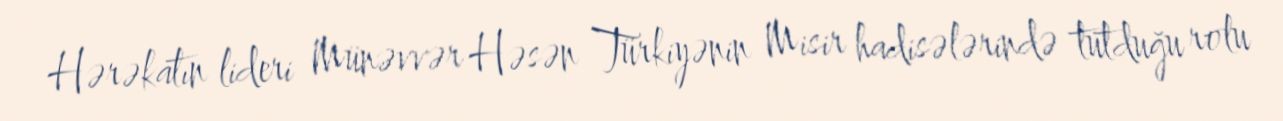
Hərəkatın lideri Münəvvər Həsən Türkiyənin Misir hadisələrində tutduğu rolu